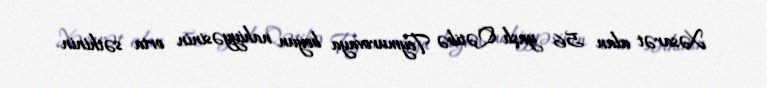
Xəsarət alan 56 yaşlı Qətibə Teymurovaya boyun nahiyyəsinin orta səthinin